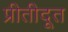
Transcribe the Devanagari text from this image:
प्रीतीदूत